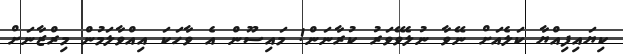
ކިޔައިފިއްޔާ ކަލެއަށް ނޭވާ ނުލެވޭވަރު ކުރާނަން! މައިސޫން އެ ވާހަކަ އިއްވާލަމުން މިރްޒާނަށް